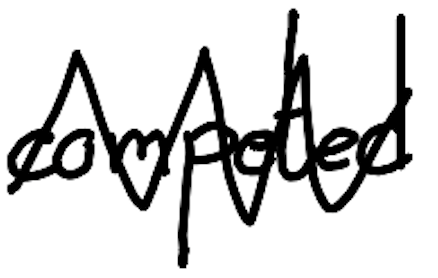
Text: competed
Cross-out: zig-zag
Writing tool: digital_black